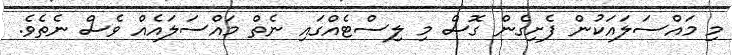
މި މައްސަލައަކުން ފެށިގެން ގޮސް މި ލިސްޓެއްގައި ނެތް މައްސަލައެއް ވެސް ނެތެވެ.